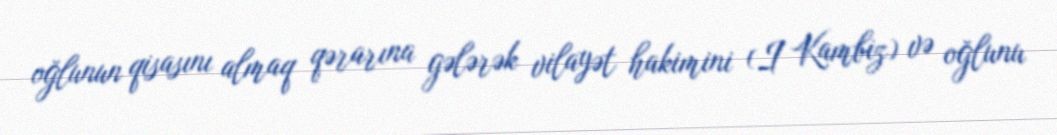
oğlunun qisasını almaq qərarına gələrək vilayət hakimini (I Kambiz) və oğlunu